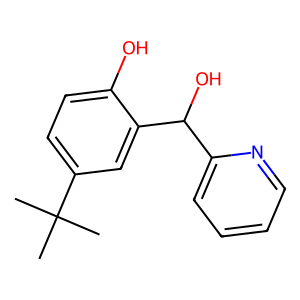
SMILES: CC(C)(C)c1ccc(O)c(C(O)c2ccccn2)c1
Inhibits HIV replication: No